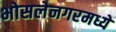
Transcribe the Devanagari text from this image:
भोसलेनगरमध्ये